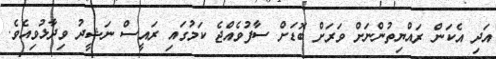
އަދި އެކަން ރައްޔިތުންނަށް ވަރަށް ބޮޑަށް ސާފުވެއްޖެ ކަމުގައި ރައީސް ނަޝީދު ވިދާޅުވިއެވެ.